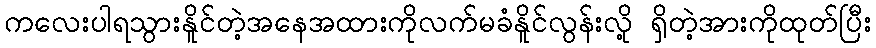
ကလေးပါရသွားနိူင်တဲ့အနေအထားကိုလက်မခံနိူင်လွန်းလို့ ရှိတဲ့အားကိုထုတ်ပြီး